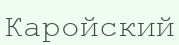
Каройский